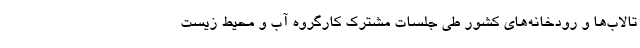
تالاب‌ها و رودخانه‌های کشور طی جلسات مشترک کارگروه آب و محیط زیست